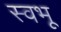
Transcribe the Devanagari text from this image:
स्वभू